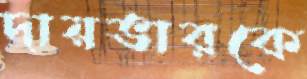
দায়ভারকে